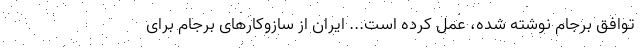
توافق برجام نوشته شده، عمل کرده است... ایران از سازوکارهای برجام برای